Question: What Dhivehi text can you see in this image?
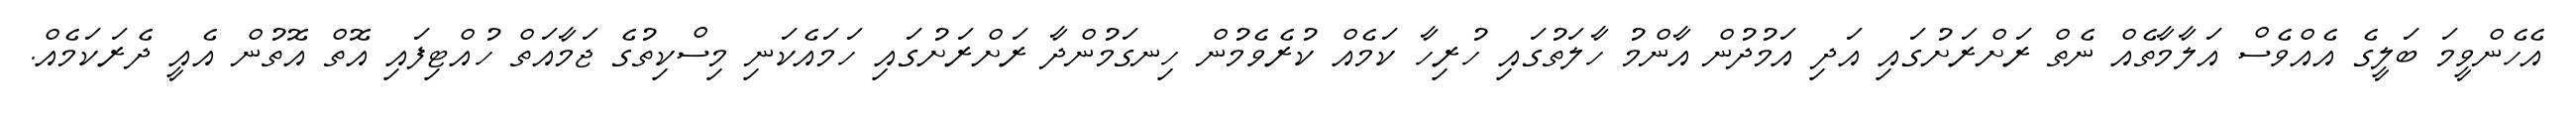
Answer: އެހެންވީމަ ބަލީގެ އެއްވެސް އަލާމާތެއް ނެތް ރަށްރަށުގައި އަދި އަމުދުން އާންމު ހާލަތުގައި ހުރިހާ ކަމެއް ކުރެވެމުން ހިނގަމުންދާ ރަށްރަށުގައި ހަމައެކަނި މިސްކިތުގެ ޖަމާއަތް ހުއްޓިފައި އޮތް އޮތުން އެއީ ދެރަކަމެއް.